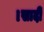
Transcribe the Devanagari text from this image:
।सादी